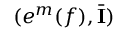
( e ^ { m } ( f ) , \bar { { \mathbf { I } } } )